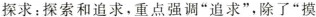
探求：探索和追求，重点强调“追求”，除了“摸